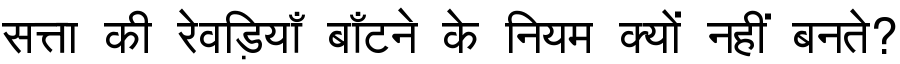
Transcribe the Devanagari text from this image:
सत्ता की रेवड़ियाँ बाँटने के नियम क्यों नहीं बनते?